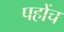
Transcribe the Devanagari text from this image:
पहोंच